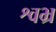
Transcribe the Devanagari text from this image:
श्वभ्र